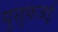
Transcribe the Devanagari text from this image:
युसुफ़जई